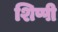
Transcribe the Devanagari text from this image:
शिप्पी